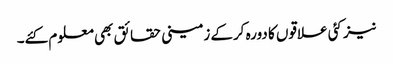
نیز کئی علاقوں کا دورہ کرکے زمینی حقائق بھی معلوم کئے۔